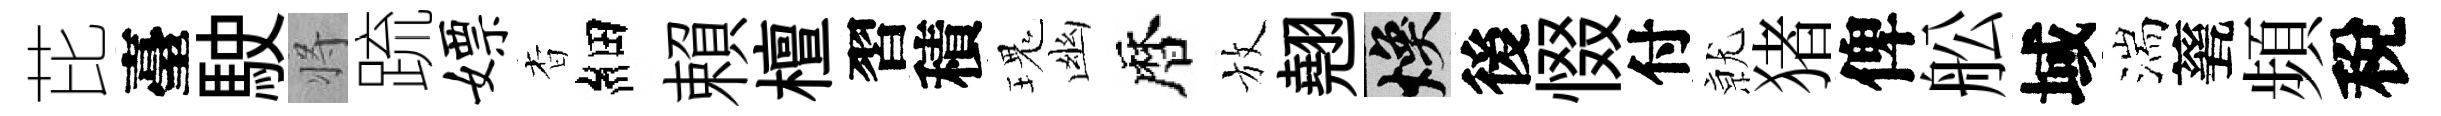
芘臺駛将䟽嫖杳細賴檀習積瑰幽暦放翹焕後惙付𭕒猪俾舩域湍甆頻稅